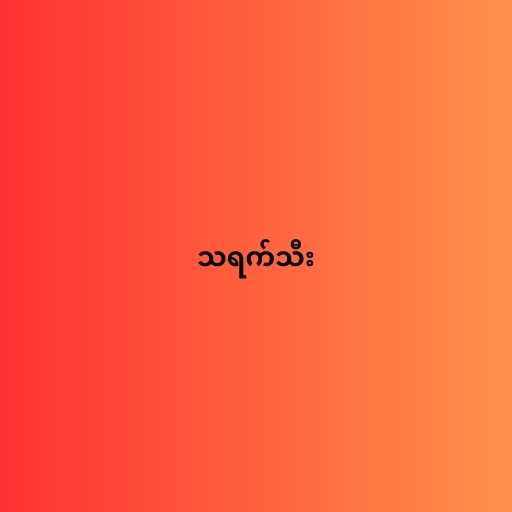
သရက်သီး